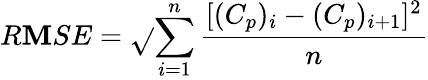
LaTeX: R\mathbf{M}SE=\sqrt{}{{\sum_{i=1}^{n}\frac{{[(C_{p})_{i}-(C_{p})_{i+1}]^{2}}}{{n}}}}